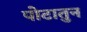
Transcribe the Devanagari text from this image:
पोटातुन